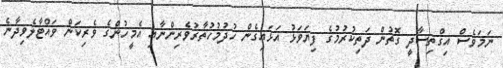
ނަމަވެސް އިގްތިސާދީ ގޮތުން ދަތިކުރުމުގެ ފިޔަވަޅު އަޅައިގެން ހުދުމުހުތާރުވެރިންނާއި އެމީހުންގެ ވެރިކަން ވައްޓާލެވިދާނެ